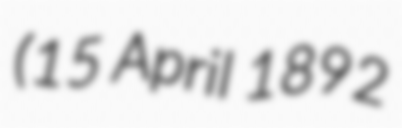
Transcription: (15 April 1892